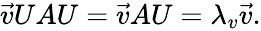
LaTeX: \begin{array}{r}{\vec{v}UAU=\vec{v}AU=\lambda_{v}\vec{v}.}\end{array}